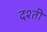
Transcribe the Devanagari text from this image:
दश्ती